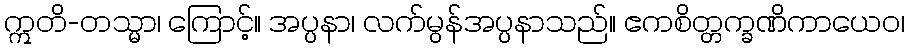
ဣတိ-တသ္မာ၊ ကြောင့်။ အပ္ပနာ၊ လက်မွန်အပ္ပနာသည်။ ဧကစိတ္တက္ခဏိကာယေဝ၊